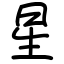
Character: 星